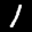
Label: 1